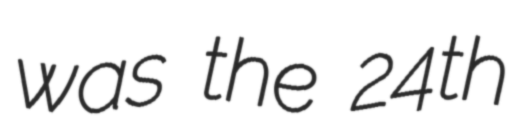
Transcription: was the 24th